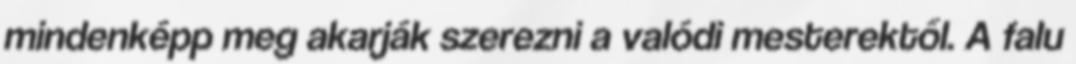
mindenképp meg akarják szerezni a valódi mesterektől. A falu